Report on the administration of the Government Cinchona Department 1892-98
Year: 1892
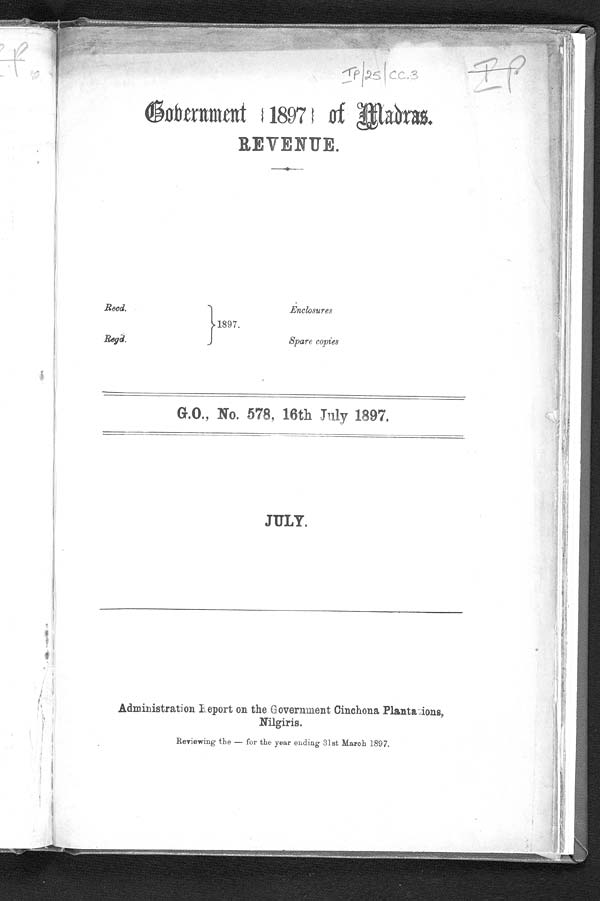
Read.
Regd.
1897.
Enclosures
Spare copies
Government {1897} of Madras.
REVENUE.
G.O., No . 578, 16th July 1897 ,
JULY .
Administration Report on the Government Cinchona Plantations,
Nilgiris.
Re-viewing the — for the year ending 31st March 1897.